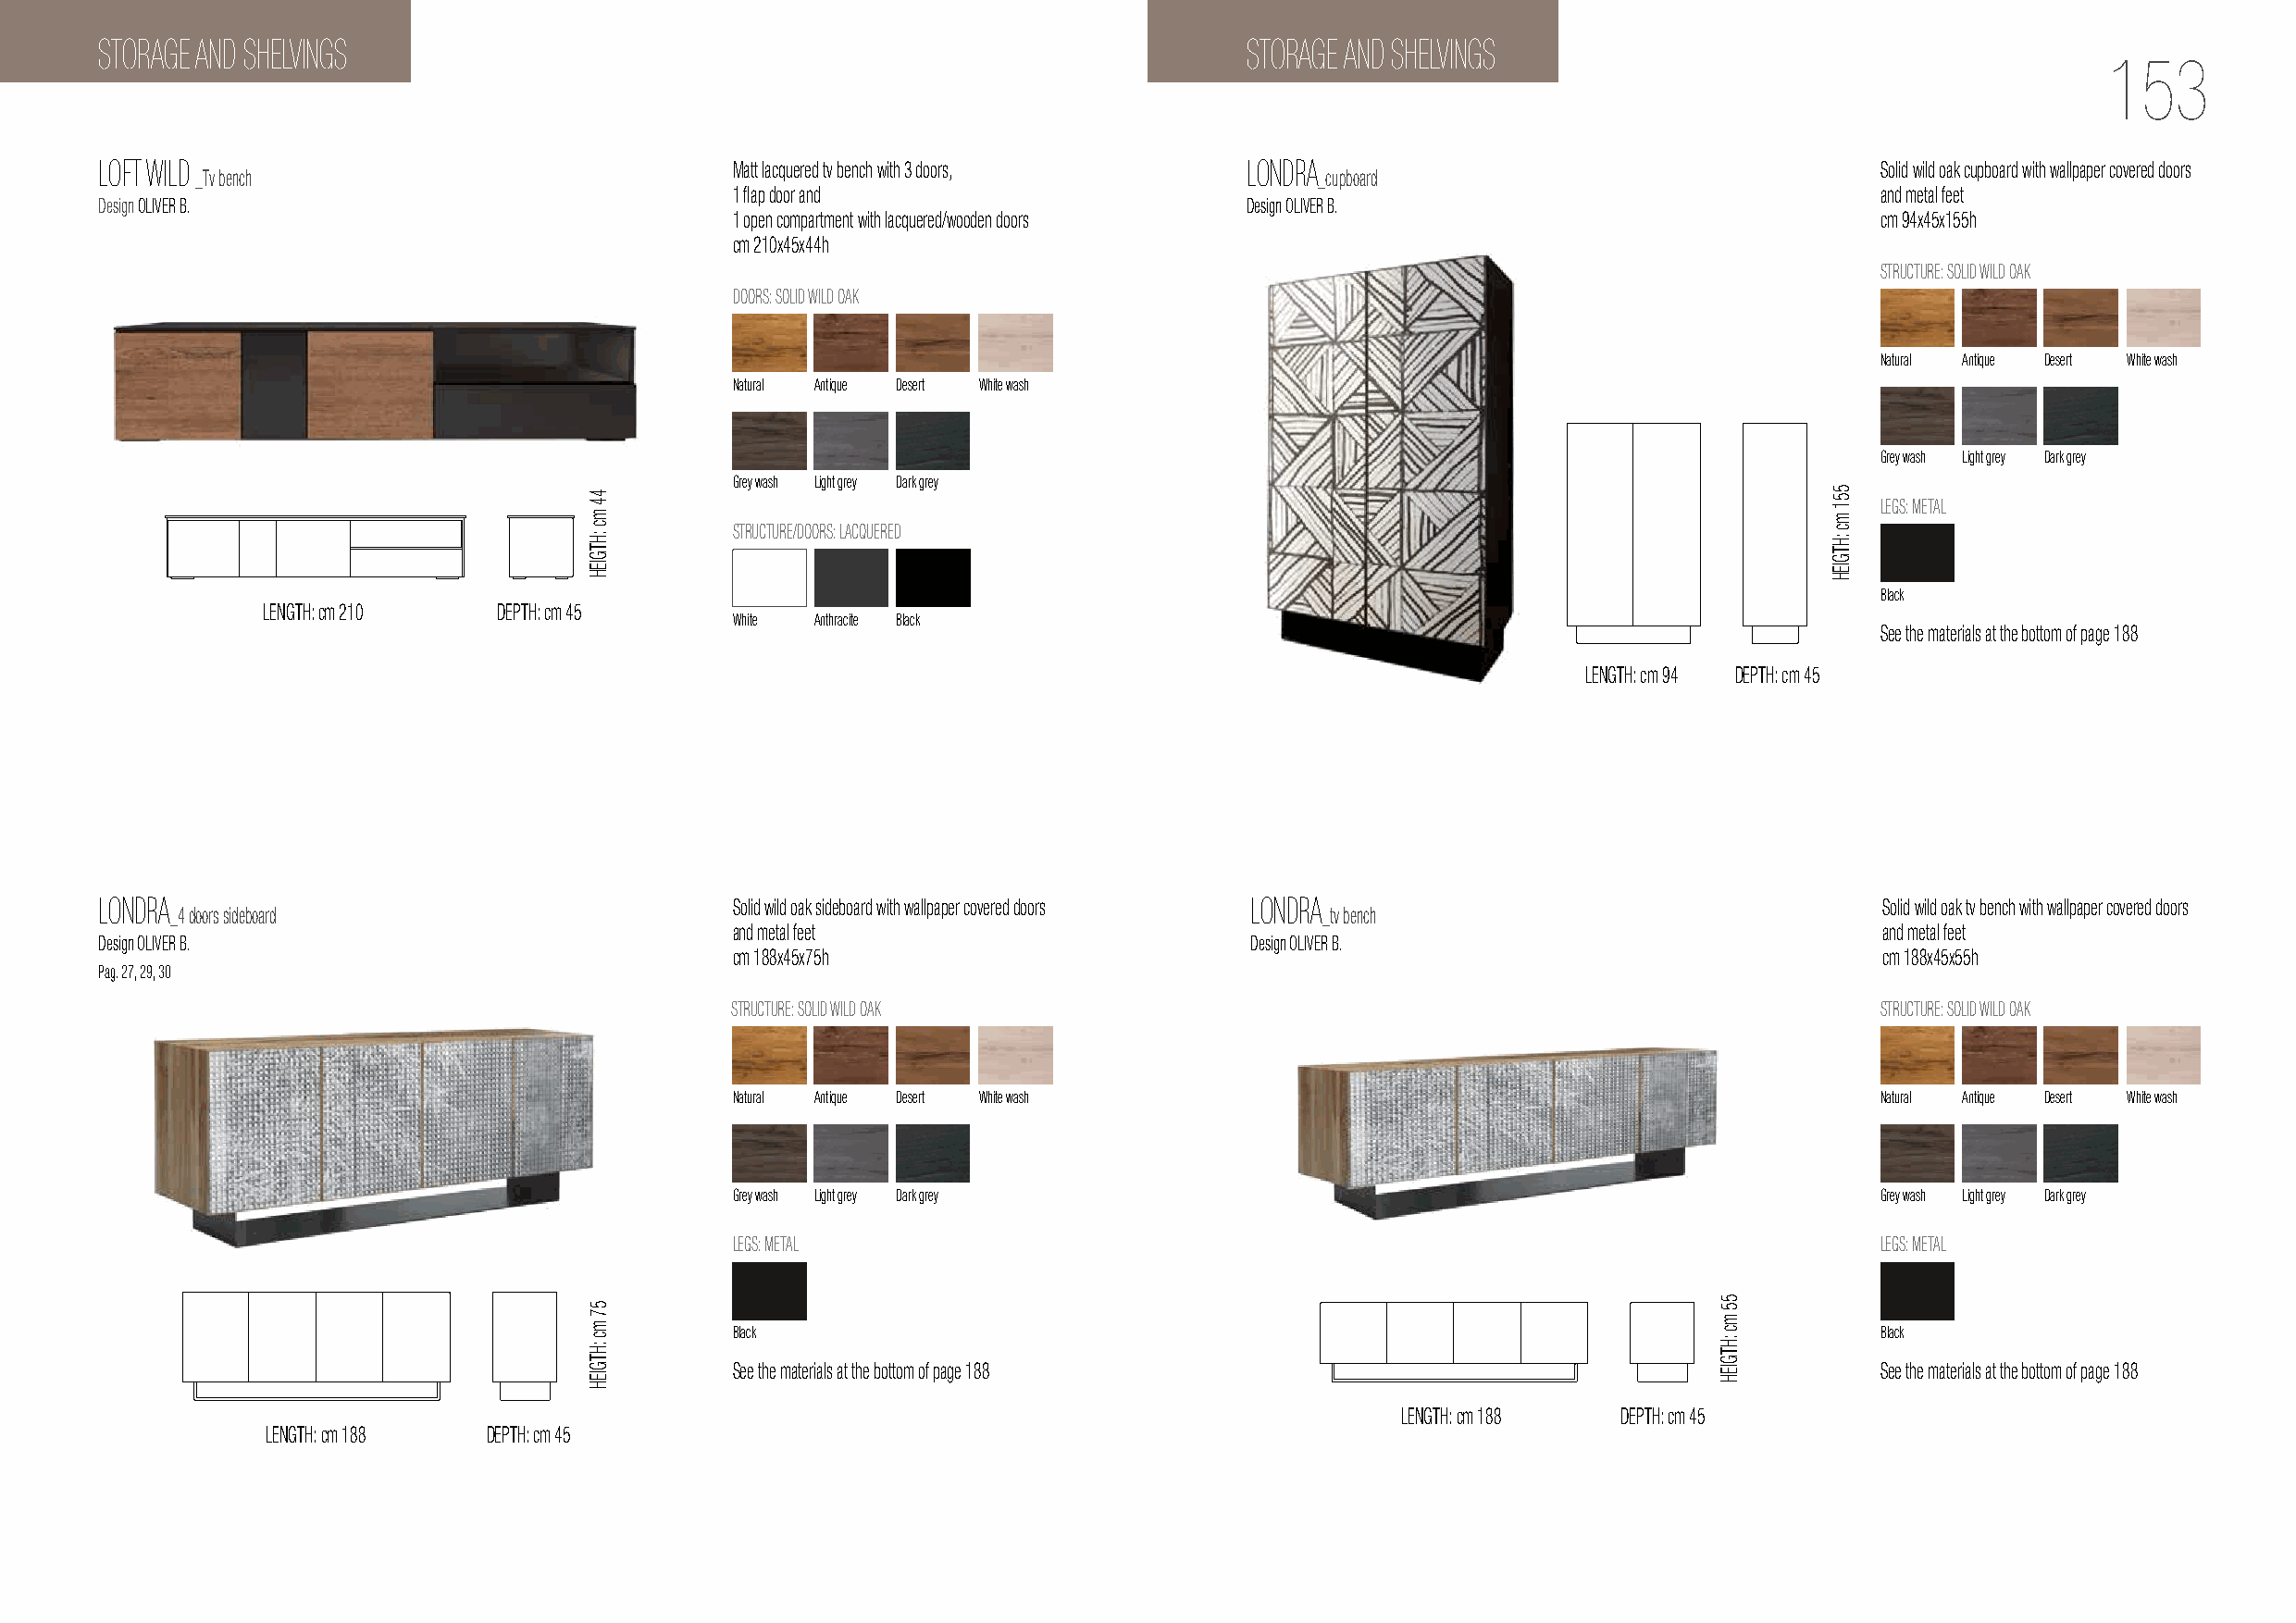
STORAGE AND SHELVINGS                                                             STORAGE AND SHELVINGS
 153
 LOFT WILD                                    Matt lacquered tv bench with 3 doors, LONDRA                                      Solid wild oak cupboard with wallpaper covered doors
 _Tv bench                                                                       _cupboard
 1 flap door and                                                                   and metal feet
 Design OLIVER B.                                                                  Design OLIVER B.
 1 open compartment with lacquered/wooden doors                                    cm 94x45x155h
 cm 210x45x44h
 STRUCTURE: SOLID WILD OAK
 DOORS: SOLID WILD OAK
 Natural Antique Desert White wash
 Natural Antique Desert White wash
 Grey wash Light grey Dark grey
 Grey wash Light grey Dark grey
 LEGS: METAL
 STRUCTURE/DOORS: LACQUERED
 Black
 LENGTH: cm 210   DEPTH: cm 45
 White Anthracite Black
 See the materials at the bottom of page 188
 LENGTH: cm 94 DEPTH: cm 45
 LONDRA                                       Solid wild oak sideboard with wallpaper covered doors LONDRA                       Solid wild oak tv bench with wallpaper covered doors
 _4 doors sideboard                                                                 _tv bench
 and metal feet                                                                     and metal feet
 Design OLIVER B.                                                                  Design OLIVER B.
 cm 188x45x75h                                                                      cm 188x45x55h
 Pag. 27, 29, 30
 STRUCTURE: SOLID WILD OAK                                                          STRUCTURE: SOLID WILD OAK
 Natural Antique Desert White wash                                                 Natural Antique Desert White wash
 Grey wash Light grey Dark grey                                                    Grey wash Light grey Dark grey
 LEGS: METAL                                                                        LEGS: METAL
 Black                                                                             Black
 See the materials at the bottom of page 188                                        See the materials at the bottom of page 188
 LENGTH: cm 188  DEPTH: cm 45
 LENGTH: cm 188  DEPTH: cm 45
 44
 mc
 :HTGIEH
 57
 mc
 :HTGIEH
 55
 mc
 :HTGIEH
 551
 mc
 :HTGIEH